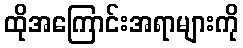
ထိုအကြောင်းအရာများကို